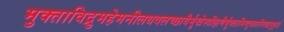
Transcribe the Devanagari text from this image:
मुक्ताविद्रुमहेमनीलधवलच्छायैर्मुखेस्त्रीक्षणैर्युक्तामिन्दुकलानिबद्धमुकुटां